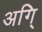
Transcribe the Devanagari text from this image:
अगि्